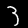
Digit: 3